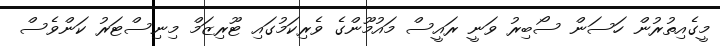
މީގެއިތުރުން ހަސަން ސޯބިރު ވަނީ ރައީސް މައުމޫންގެ ވެރިކަމުގައި ޓޫރިޒަމް މިނިސްޓަރު ކަންވެސް